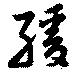
緩